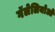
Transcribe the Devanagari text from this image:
गॅलेलियोओ